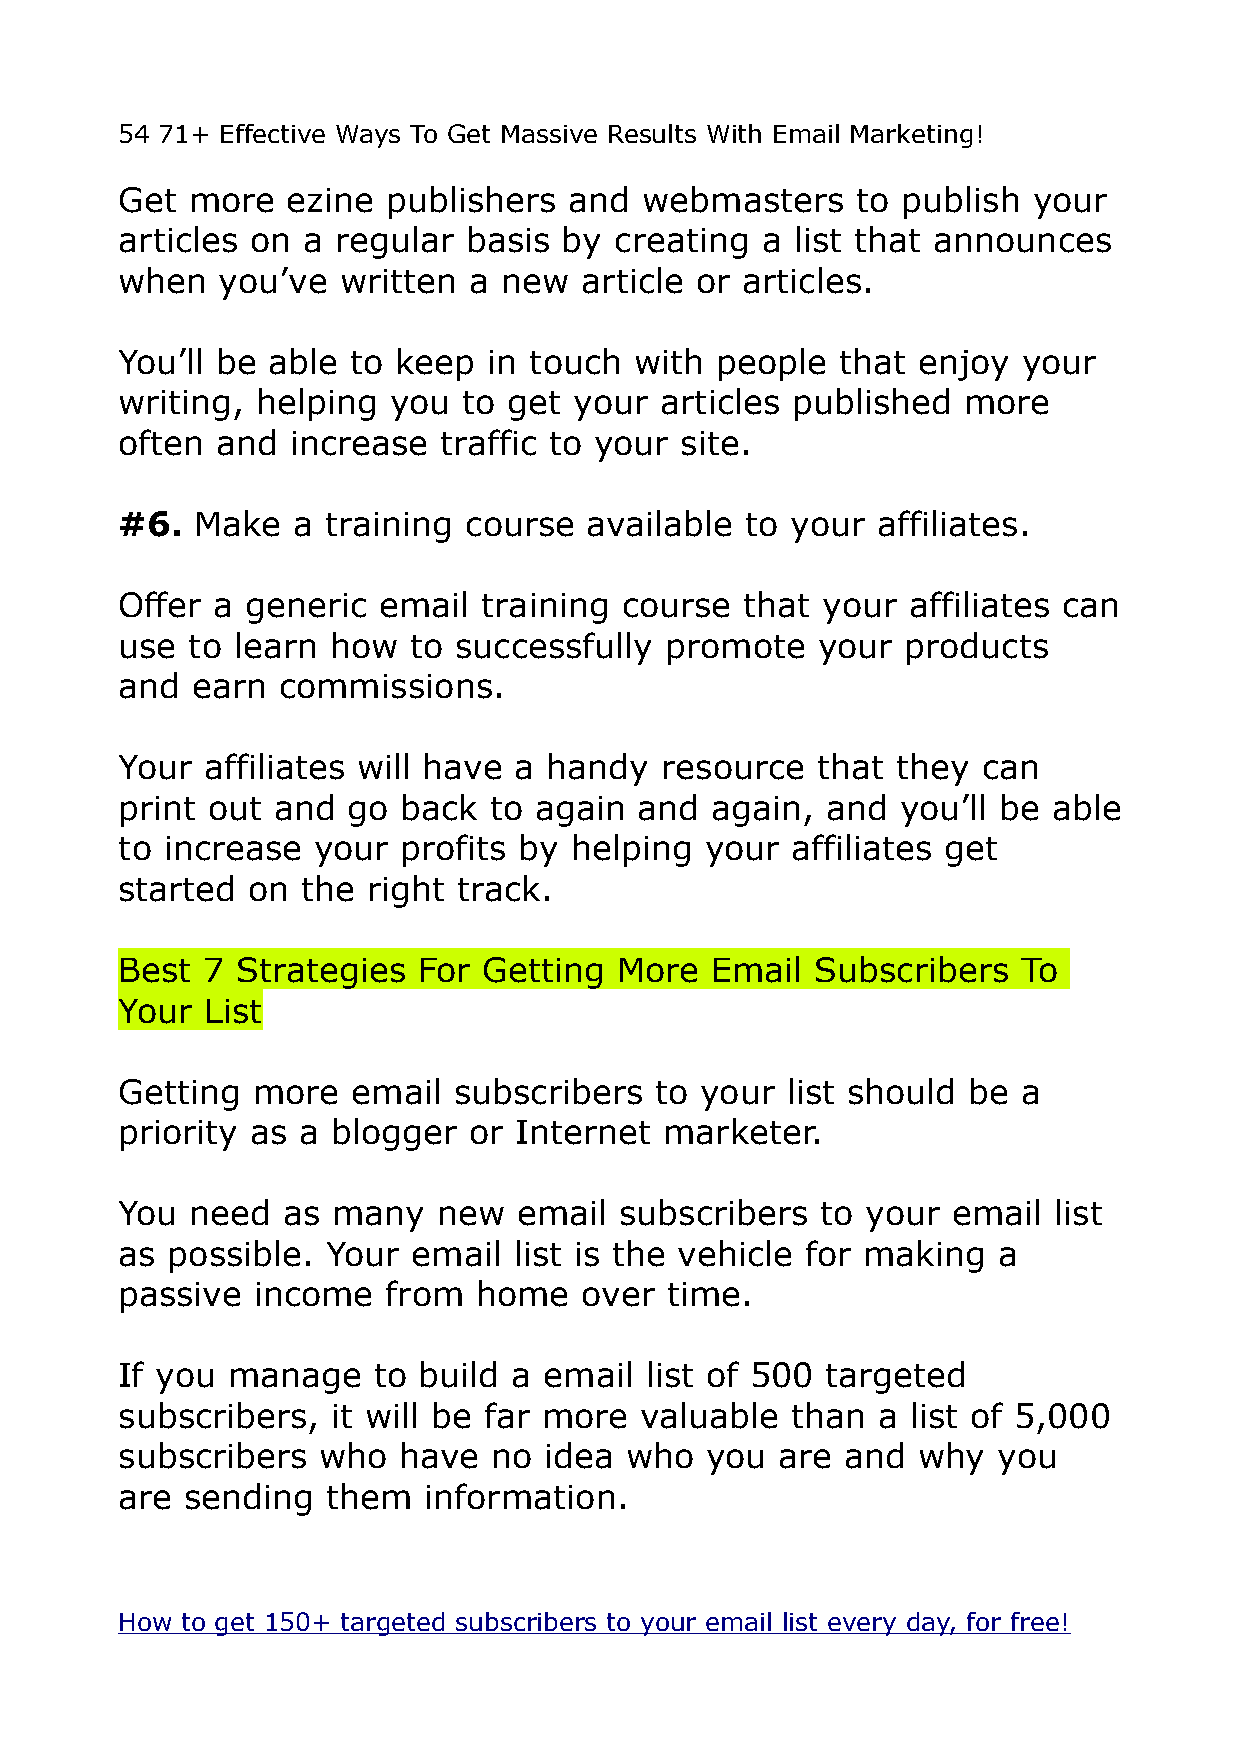
54 71+ Effective Ways To Get Massive Results With Email Marketing!
 Get  more  ezine  publishers  and  webmasters    to publish your
 articles on a regular  basis by  creating a  list that announces
 when   you’ve  written a new  article or articles.
 You’ll be able to keep  in touch  with people  that  enjoy  your
 writing, helping  you  to get your  articles published  more
 often and  increase  traffic to your site.
 #6.  Make  a  training course  available to your  affiliates.
 Offer a generic  email  training course  that your  affiliates can
 use to learn  how  to successfully  promote   your  products
 and  earn commissions.
 Your  affiliates will have a handy  resource  that they  can
 print out and  go  back to again  and  again,  and  you’ll be able
 to increase  your  profits by helping  your affiliates get
 started on  the right track.
 Best 7  Strategies  For Getting  More  Email  Subscribers   To
 Your  List
 Getting  more  email  subscribers  to your  list should be  a
 priority as a blogger  or Internet  marketer.
 You  need  as many   new  email  subscribers  to your  email  list
 as possible.  Your email  list is the vehicle for making  a
 passive  income   from  home  over  time.
 If you manage    to build a email  list of 500 targeted
 subscribers,  it will be far more valuable  than  a list of 5,000
 subscribers  who  have   no idea who   you  are and  why  you
 are sending   them  information.
 How to get 150+ targeted subscribers to your email list every day, for free!